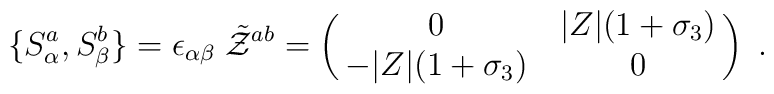
\{  S_{\alpha}^a ,  S_{\beta }^b \} =  \epsilon _{\alpha \beta} \; \tilde {\cal Z} ^{ab} = \pmatrix{0 & |Z|(1+ \sigma_3) \cr-|Z|(1+ \sigma_3) & 0 \cr} \ .